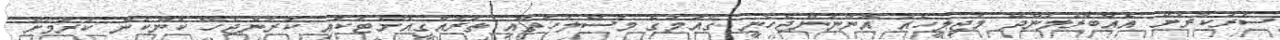
ސަރުކާރަށް އެއްބާރުލުންދޭ މަޖިލީހެއް އޮންނަންޖެހެނީ ގައުމުގެ މަސްލަހަތާއި ތަރައްގީއަށްޓަކައި ކުރަންޖެހޭ ކަންކަން ކުރުމަށް